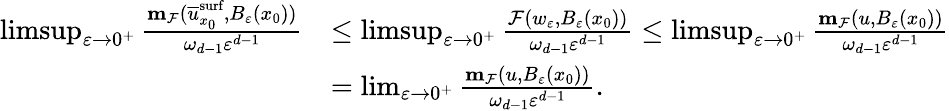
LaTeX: \begin{array}{rl}{\operatorname*{limsup}_{\varepsilon\to 0^{+}}\frac{\mathbf{m}_{\mathcal{F}}(\overline{{u}}_{x_{0}}^{\textnormal{surf}},B_{\varepsilon}(x_{0}))}{\omega_{d-1}\varepsilon^{d-1}}}&{\leq\operatorname*{limsup}_{\varepsilon\to 0^{+}}\frac{\mathcal{F}(w_{\varepsilon},B_{\varepsilon}(x_{0}))}{\omega_{d-1}\varepsilon^{d-1}}\leq\operatorname*{limsup}_{\varepsilon\to 0^{+}}\frac{\mathbf{m}_{\mathcal{F}}(u,B_{\varepsilon}(x_{0}))}{\omega_{d-1}\varepsilon^{d-1}}}\\ &{=\operatorname*{lim}_{\varepsilon\to 0^{+}}\frac{\mathbf{m}_{\mathcal{F}}(u,B_{\varepsilon}(x_{0}))}{\omega_{d-1}\varepsilon^{d-1}}.}\end{array}